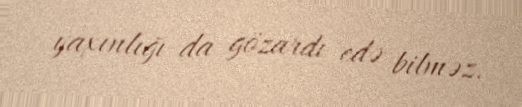
yaxınlığı da gözardı edə bilməz.